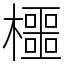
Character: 櫮